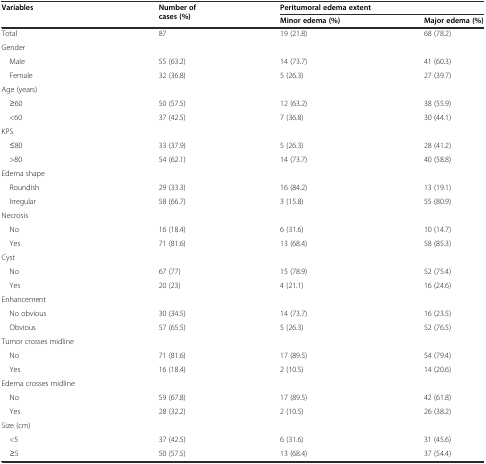
<table><thead><tr><td rowspan="2"><b>Variables</b></td><td rowspan="2"><b>Number of cases (%)</b></td><td colspan="2"><b>Peritumoral edema extent</b></td></tr><tr><td><b>Minor edema (%)</b></td><td><b>Major edema (%)</b></td></tr></thead><tbody><tr><td>Total</td><td>87</td><td>19 (21.8)</td><td>68 (78.2)</td></tr><tr><td>Gender</td><td></td><td></td><td></td></tr><tr><td> Male</td><td>55 (63.2)</td><td>14 (73.7)</td><td>41 (60.3)</td></tr><tr><td> Female</td><td>32 (36.8)</td><td>5 (26.3)</td><td>27 (39.7)</td></tr><tr><td>Age (years)</td><td></td><td></td><td></td></tr><tr><td> ≥60</td><td>50 (57.5)</td><td>12 (63.2)</td><td>38 (55.9)</td></tr><tr><td> &lt;60</td><td>37 (42.5)</td><td>7 (36.8)</td><td>30 (44.1)</td></tr><tr><td>KPS</td><td></td><td></td><td></td></tr><tr><td> ≤80</td><td>33 (37.9)</td><td>5 (26.3)</td><td>28 (41.2)</td></tr><tr><td> &gt;80</td><td>54 (62.1)</td><td>14 (73.7)</td><td>40 (58.8)</td></tr><tr><td>Edema shape</td><td></td><td></td><td></td></tr><tr><td> Roundish</td><td>29 (33.3)</td><td>16 (84.2)</td><td>13 (19.1)</td></tr><tr><td> Irregular</td><td>58 (66.7)</td><td>3 (15.8)</td><td>55 (80.9)</td></tr><tr><td>Necrosis</td><td></td><td></td><td></td></tr><tr><td> No</td><td>16 (18.4)</td><td>6 (31.6)</td><td>10 (14.7)</td></tr><tr><td> Yes</td><td>71 (81.6)</td><td>13 (68.4)</td><td>58 (85.3)</td></tr><tr><td>Cyst</td><td></td><td></td><td></td></tr><tr><td> No</td><td>67 (77)</td><td>15 (78.9)</td><td>52 (75.4)</td></tr><tr><td> Yes</td><td>20 (23)</td><td>4 (21.1)</td><td>16 (24.6)</td></tr><tr><td>Enhancement</td><td></td><td></td><td></td></tr><tr><td> No obvious</td><td>30 (34.5)</td><td>14 (73.7)</td><td>16 (23.5)</td></tr><tr><td> Obvious</td><td>57 (65.5)</td><td>5 (26.3)</td><td>52 (76.5)</td></tr><tr><td>Tumor crosses midline</td><td></td><td></td><td></td></tr><tr><td> No</td><td>71 (81.6)</td><td>17 (89.5)</td><td>54 (79.4)</td></tr><tr><td> Yes</td><td>16 (18.4)</td><td>2 (10.5)</td><td>14 (20.6)</td></tr><tr><td>Edema crosses midline</td><td></td><td></td><td></td></tr><tr><td> No</td><td>59 (67.8)</td><td>17 (89.5)</td><td>42 (61.8)</td></tr><tr><td> Yes</td><td>28 (32.2)</td><td>2 (10.5)</td><td>26 (38.2)</td></tr><tr><td>Size (cm)</td><td></td><td></td><td></td></tr><tr><td> &lt;5</td><td>37 (42.5)</td><td>6 (31.6)</td><td>31 (45.6)</td></tr><tr><td> ≥5</td><td>50 (57.5)</td><td>13 (68.4)</td><td>37 (54.4)</td></tr></tbody></table>